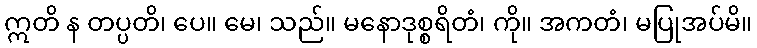
ဣတိ န တပ္ပတိ၊ ပေ။ မေ၊ သည်။ မနောဒုစ္စရိတံ၊ ကို။ အကတံ၊ မပြုအပ်မိ။